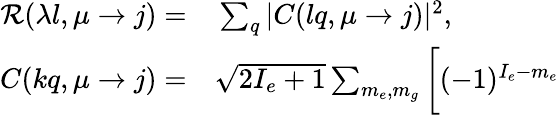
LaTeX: \begin{array}{rl}{\mathcal{R}(\lambda l,\mu\to j)=}&{{}\sum_{q}|C(lq,\mu\to j)|^{2},}\\ {C(kq,\mu\to j)=}&{{}\sqrt{2I_{e}+1}\sum_{m_{e},m_{g}}\bigg[(-1)^{I_{e}-m_{e}}}\end{array}